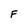
Character: F